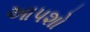
આપશો